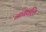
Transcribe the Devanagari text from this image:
नागवल्लि